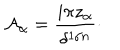
LaTeX: { \cal A } _ { \alpha } = { \frac { i \pi z _ { \alpha } } { \delta ^ { 1 / n } } } \cdotp